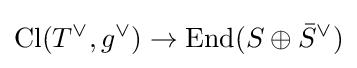
\mathrm {Cl} (T^{\vee },g^{\vee })\to \mathrm {End} (S\oplus {\bar {S}}^{\vee })